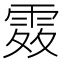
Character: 𩂫